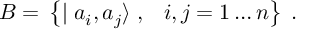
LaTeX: { \cal B } = \, \left\{ \mid a _ { i } , a _ { j } \rangle \; , \; \, \, \, i , j = 1 \ldots n \right\} \; .